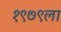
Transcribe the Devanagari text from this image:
१९७९ला